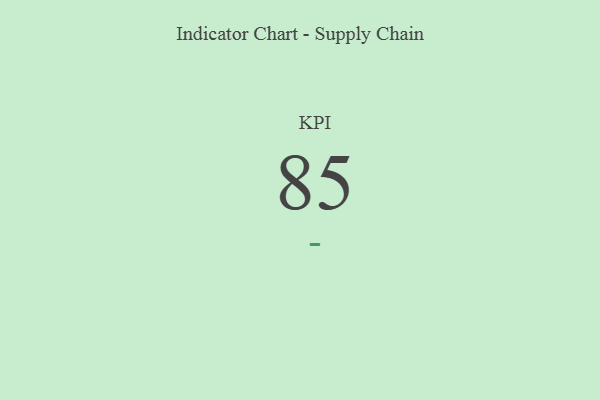
{"axis": {"x": "KPI", "y": "Value"}, "legend": [""], "data": [{"x": "KPI", "y": 85, "type": ""}]}